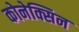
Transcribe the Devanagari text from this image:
कोनेक्सिन